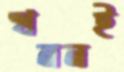
খননই